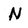
Character: N